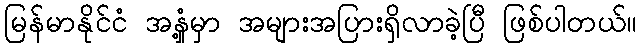
မြန်မာနိုင်ငံ အနှံ့မှာ အများအပြားရှိလာခဲ့ပြီ ဖြစ်ပါတယ်။